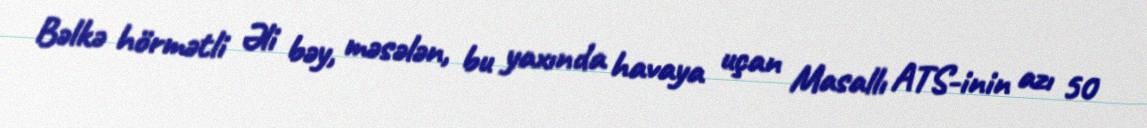
Bəlkə hörmətli Əli bəy, məsələn, bu yaxında havaya uçan Masallı ATS-inin azı 50